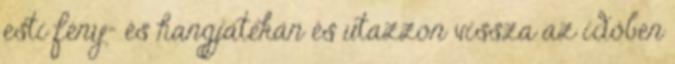
esti fény- és hangjátékán és utazzon vissza az időben